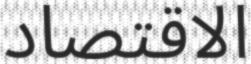
الاقتصاد